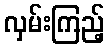
လှမ်းကြည့်